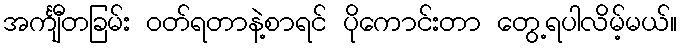
အင်္ကျီတခြမ်း ဝတ်ရတာနဲ့စာရင် ပိုကောင်းတာ တွေ့ရပါလိမ့်မယ်။